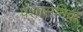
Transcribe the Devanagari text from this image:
पशासनिक